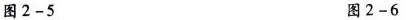
图2-5 图2-6